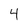
Character: 4